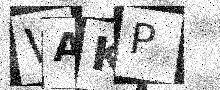
Text: WAKP